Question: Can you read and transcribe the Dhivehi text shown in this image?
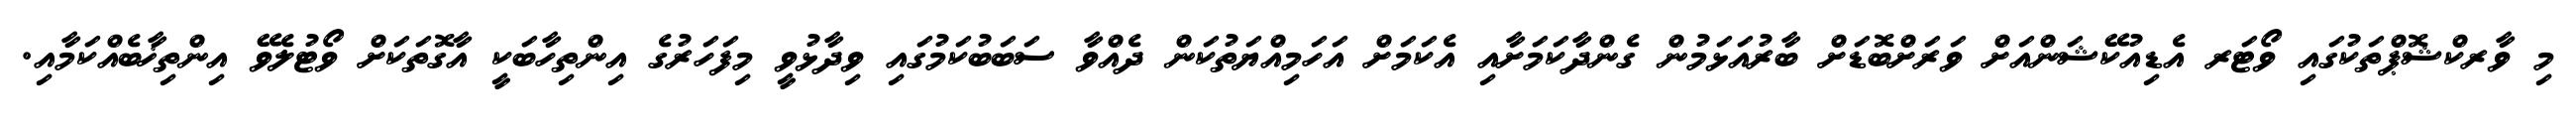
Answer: މި ވާރކްޝޮޕްތަކުގައި ވޯޓަރ އެޑިއުކޭޝަންއަށް ވަރަށްބޮޑަށް ބާރުއަޅަމުން ގެންދާކަމަށާއި އެކަމަށް އަހަމިއްޔަތުކަން ދެއްވާ ސަބަބުކަމުގައި ވިދާޅުވީ މިފަހަރުގެ އިންތިހާބަކީ އާގޮތަކަށް ވޯޓުލެވޭ އިންތިޚާބެއްކަމާއި.